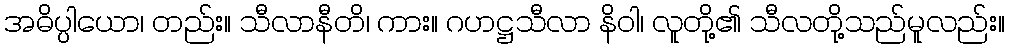
အဓိပ္ပါယော၊ တည်း။ သီလာနီတိ၊ ကား။ ဂဟဋ္ဌသီလာ နိဝါ၊ လူတို့၏ သီလတို့သည်မူလည်း။